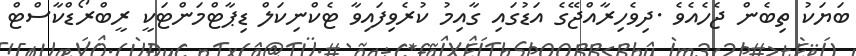
ބަޔަކު ތިބެން ޖެހެއެވެ .ދިވެހިރާއްޖޭގެ އަޑުގައި ގާއިމު ކުރެވިފައިވާ ޓެކްނިކަލް ޑިޕާޓްމަންޓަކީ ރީބްރޯޑްކާސްޓް